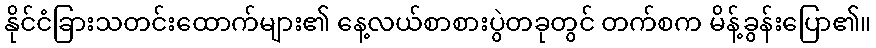
နိုင်ငံခြားသတင်းထောက်များ၏ နေ့လယ်စာစားပွဲတခုတွင် တက်စက မိန့်ခွန်းပြော၏။